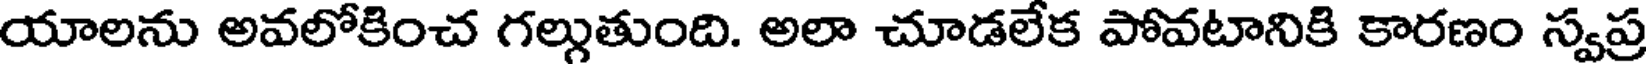
యాలను అవలోకించ గల్గుతుంది. అలా చూడలేక పోవటానికి కారణం స్వప్ర